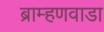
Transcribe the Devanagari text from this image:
ब्राम्हणवाडा